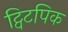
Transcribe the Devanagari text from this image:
ट्विटपिक